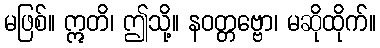
မဖြစ်။ ဣတိ၊ ဤသို့။ နဝတ္တဗ္ဗော၊ မဆိုထိုက်။